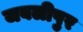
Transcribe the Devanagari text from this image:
जबलीपुर